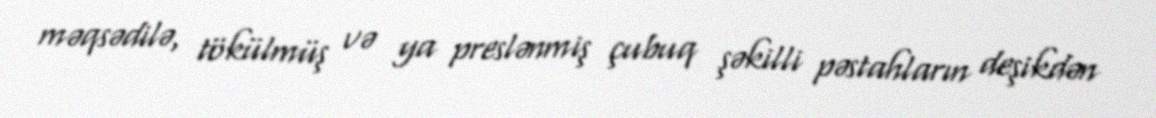
məqsədilə, tökülmüş və ya preslənmiş çubuq şəkilli pəstahların deşikdən